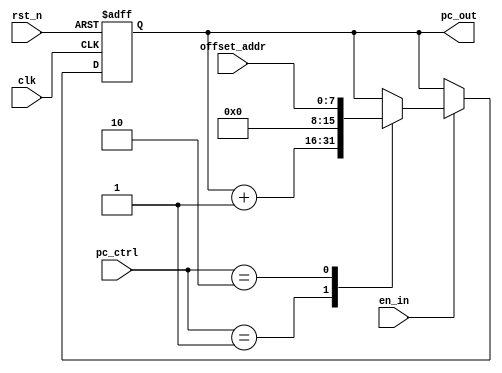
/* verilator lint_off UNUSED */

module pc #(
	parameter DWIDTH = 16
)(
    input clk, rst_n, en_in,
    input [1:0]pc_ctrl,
    input [7:0] offset_addr,
    output reg [DWIDTH-1:0] pc_out
);
	always @(posedge clk or negedge rst_n) begin
		if (rst_n == 1'b0) begin
			pc_out <= {(DWIDTH){1'b0}};
        end
		else begin
			if (en_in == 1'b1) begin
				case (pc_ctrl)
					2'b01: pc_out <= pc_out + 1;
					2'b10: pc_out <= {8'b0000_0000,offset_addr[7:0]};
                    default: pc_out <= pc_out;
                endcase
            end
        end   
	end
endmodule